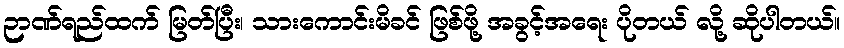
ဉာဏ်ရည်ထက် မြတ်ပြီး၊ သားကောင်းမိခင် ဖြစ်ဖို့ အခွင့်အရေး ပိုတယ် လို့ ဆိုပါတယ်။